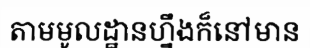
តាមមូលដ្ឋានហ្នឹងក៏នៅមាន